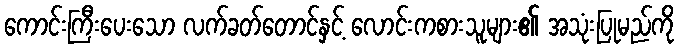
ကောင်းကြီးပေးသော လက်ခတ်တောင်နှင့် လောင်းကစားသူများ၏ အသုံးပြုမည်ကို